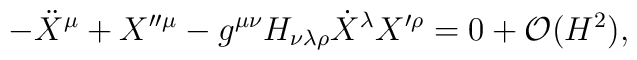
- \ddot{X}^{\mu} + X^{\prime \prime \mu} -g^{\mu \nu} H_{\nu \lambda \rho} \dot{X}^{\lambda} X^{\prime \rho}=0 + {\cal O}(H^2),